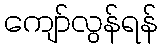
ကျော်လွန်ရန်